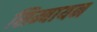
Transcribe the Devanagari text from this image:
सिम्बायन